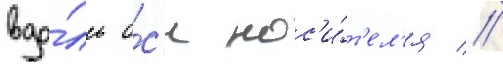
вдо́ль о́с'и нос'и́т'ел'я //